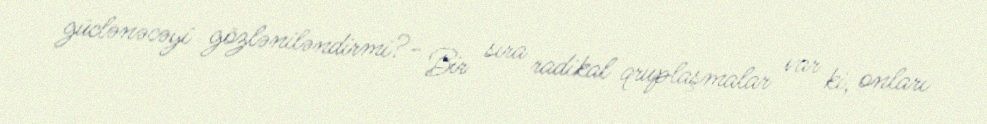
güclənəcəyi gözləniləndirmi?- Bir sıra radikal qruplaşmalar var ki, onları